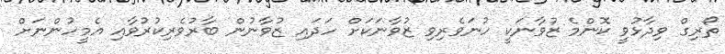
ތޯރިގް ވިދާޅުވީ ކޮންމެ ޒުވާނަކީ ހުނަވެރިވި ޒުވާނަކަށް ހަދައި ޒުވާނުން ބާރުވެރިކުރުވާއި އެމީހުންނަށް